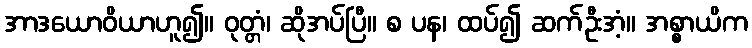
အာဒယောဝိယာဟူ၍။ ဝုတ္တံ၊ ဆိုအပ်ပြီ။ စ ပန၊ ထပ်၍ ဆက်ဦးအံ့။ အစ္စာယိက